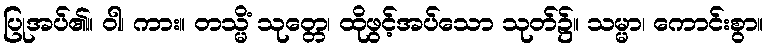
ပြုအပ်၏။ ဝါ၊ ကား။ တသ္မိံ သုတ္တေ၊ ထိုဖွင့်အပ်သော သုတ်၌။ သမ္မာ၊ ကောင်းစွာ။